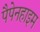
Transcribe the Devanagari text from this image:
पैपेनहाइम